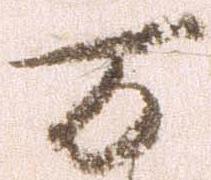
万